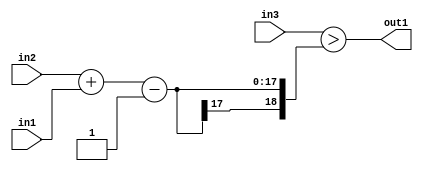
`timescale 1ps / 1ps
/*****************************************************************************
    Verilog RTL Description
    
    
    Created by: Stratus DpOpt 2019.1.01 
*******************************************************************************/

module st_feature_addr_gen_GtSubi1Add2u8u16u16_4_2 (
	in3,
	in2,
	in1,
	out1
	); /* architecture "behavioural" */ 
input [15:0] in3,
	in2;
input [7:0] in1;
output  out1;
wire  asc001;
wire [18:0] asc002;
wire [17:0] asc003;

wire [17:0] asc003_tmp_0;
assign asc003_tmp_0 = 
	+(in2)
	+(in1);
assign asc003 = asc003_tmp_0
	-(18'B000000000000000001);

assign asc002 = {asc003[17], asc003};

assign asc001 = (in3>asc002);

assign out1 = asc001;
endmodule

/* CADENCE  v7TzQwg= : u9/ySgnWtBlWxVPRXgAZ4Og= ** DO NOT EDIT THIS LINE ******/